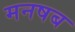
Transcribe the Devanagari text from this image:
मनषब